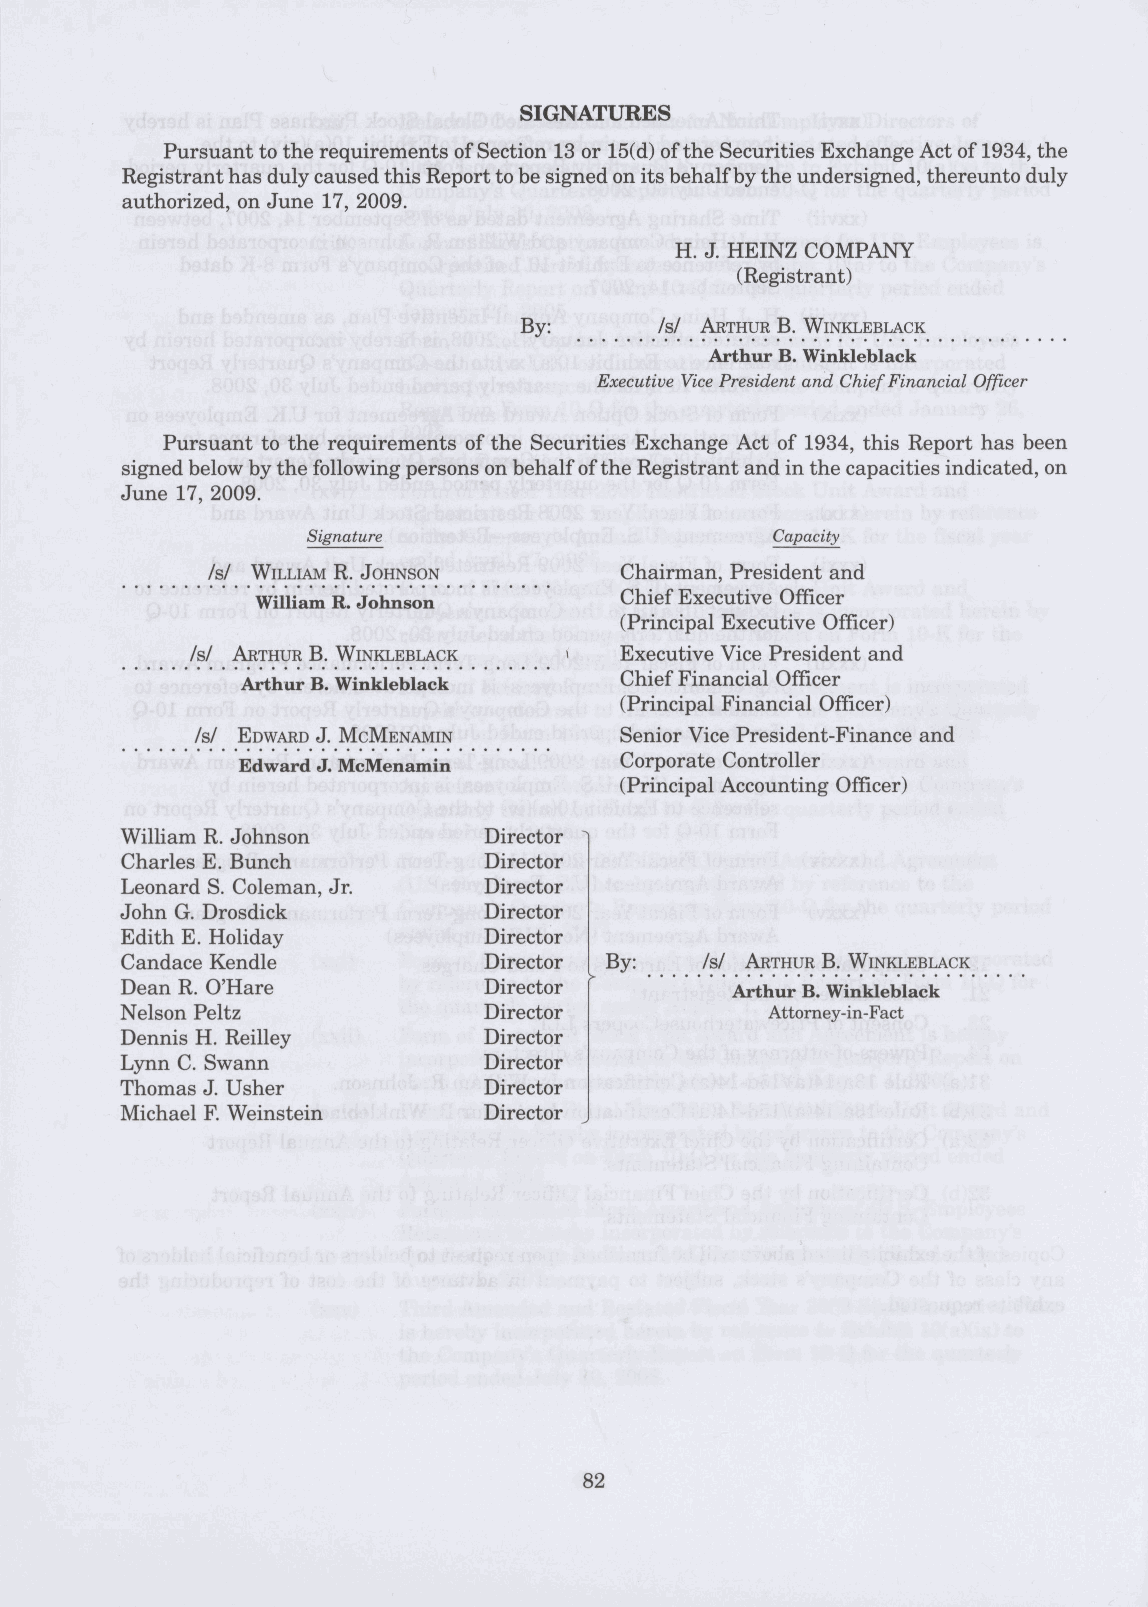
SIGNATURES
 Pursuant to the requirements of Section 13 or 15(d) of the Securities Exchange Act of 1934, the
 Registrant has duly caused this Report to be signed on its behalf by the undersigned, thereunto duly
 authorized, on June 17, 2009.
 H. J. HEINZ COMPANY
 (Registrant)
 By:       /s/ ARTHUR B. WINKLEBLACK
 Arthur B. Winkleblack
 Executive Vice President and Chief Financial Officer
 Pursuant to the requirements of the Securities Exchange Act of 1934, this Report has been
 signed below by the following persons on behalf of the Registrant and in the capacities indicated, on
 June 17, 2009.
 Signature                      Capacity
 /s/ WILLIAM R. JOHNSON     Chairman, President and
 William R. Johnson      Chief Executive Officer
 (Principal Executive Officer)
 /s/ ARTHUR B. WINKLEBLACK » Executive Vice President and
 Arthur B. Winkieblack    Chief Financial Officer
 (Principal Financial Officer)
 /s/ EDWARD J. MCMENAMIN     Senior Vice President-Finance and
 Edward J. McMenamin      Corporate Controller
 (Principal Accounting Officer)
 William R. Johnson      Director
 Charles E. Bunch        Director
 Leonard S. Coleman, Jr. Director
 John G. Drosdick        Director
 Edith E. Holiday        Director
 Candace Kendle          Director By:  /s/ ARTHUR B. WINKLEBLACK
 Dean R. O'Hare          Director
 Arthur B. Winkleblack
 Nelson Peltz            Director           Attorney-in-Fact
 Dennis H. Reilley       Director
 Lynn C. Swann           Director
 Thomas J. Usher         Director
 Michael F. Weinstein    Director